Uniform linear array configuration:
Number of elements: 64
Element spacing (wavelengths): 0.75
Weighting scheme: exponential
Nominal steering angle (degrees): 0
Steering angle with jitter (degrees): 0.411
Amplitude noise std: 0.05
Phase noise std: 0.05

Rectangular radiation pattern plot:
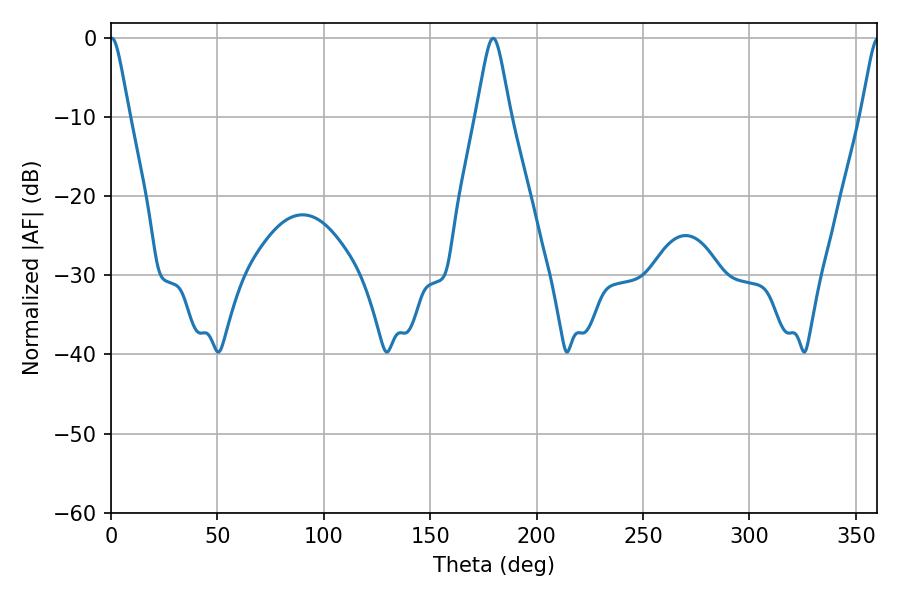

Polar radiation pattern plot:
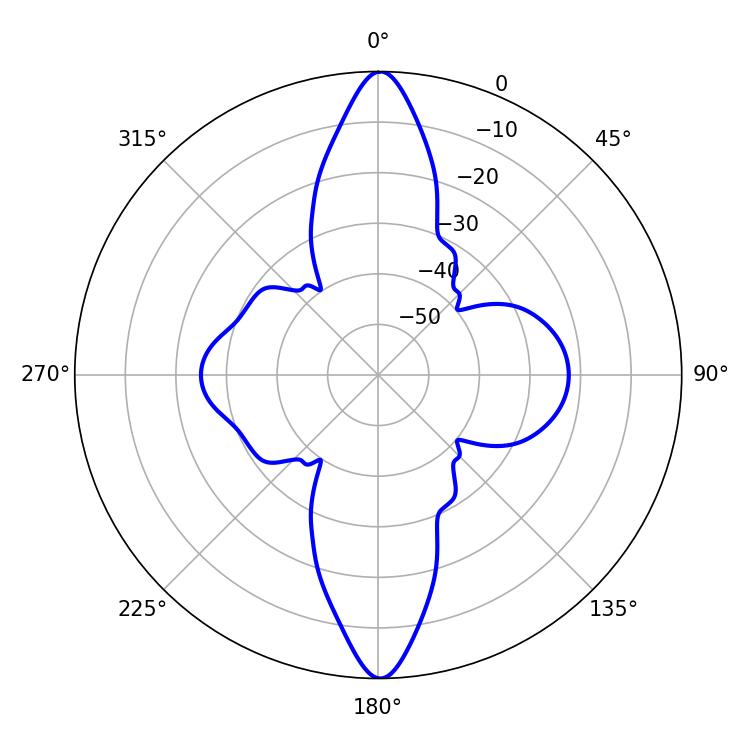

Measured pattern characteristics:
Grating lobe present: TRUE
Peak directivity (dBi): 27.798
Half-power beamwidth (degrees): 4.32
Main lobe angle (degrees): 0.36